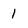
Character: 1